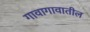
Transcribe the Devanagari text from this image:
गावागावातील